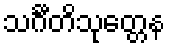
သင်္ဂီတိသုတ္တေန